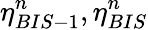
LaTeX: \eta_{BIS-1}^{n},\eta_{BIS}^{n}